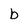
Character: b